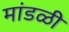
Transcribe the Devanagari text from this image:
मांडळी